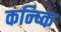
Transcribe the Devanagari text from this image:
कन्ष्कि